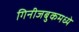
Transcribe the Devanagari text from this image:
गिनीजबुकमध्ये